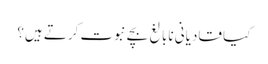
کیا قادیانی نابالغ بچے نبوت کرتے ہیں؟